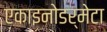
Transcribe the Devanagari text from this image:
एकाइनोडर्मेटा